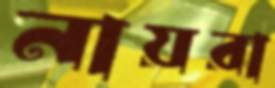
নায়রা